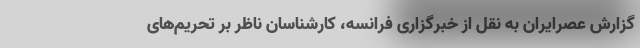
گزارش عصرایران به نقل از خبرگزاری فرانسه، کارشناسان ناظر بر تحریم‌های